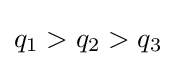
q_{1}>q_{2}>q_{3}